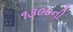
૧૩૦૦ની